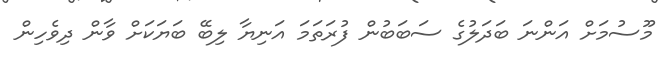
މޫސުމަށް އަންނަ ބަދަލުގެ ސަބަބުން ފުރަތަމަ އަނިޔާ ލިބޭ ބަޔަކަށް ވާން ދިވެހިން